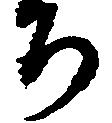
ち